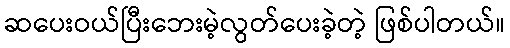
ဆပေးဝယ်ပြီးဘေးမဲ့လွတ်ပေးခဲ့တဲ့ ဖြစ်ပါတယ်။